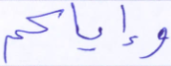
وإياكم